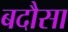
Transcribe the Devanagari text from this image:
बदौसा